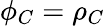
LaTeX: \phi_{C}=\rho_{C}